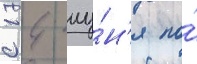
с 14 иу́н'я по́